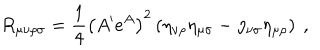
LaTeX: R _ { \mu \nu \rho \sigma } = \frac { 1 } { 4 } \left( A ^ { \prime } e ^ { A } \right) ^ { 2 } \left( \eta _ { \nu \rho } \eta _ { \mu \sigma } - \eta _ { \nu \sigma } \eta _ { \mu \rho } \right) ~ ,